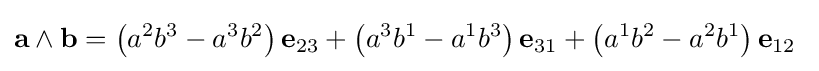
\mathbf {a} \wedge \mathbf {b} =\left(a^{2}b^{3}-a^{3}b^{2}\right)\mathbf {e} _{23}+\left(a^{3}b^{1}-a^{1}b^{3}\right)\mathbf {e} _{31}+\left(a^{1}b^{2}-a^{2}b^{1}\right)\mathbf {e} _{12}\